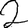
Digit: 2